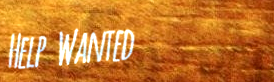
Help Wanted